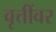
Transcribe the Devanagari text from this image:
वृत्तींवर